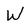
Character: W